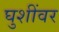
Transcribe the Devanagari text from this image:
घुशींवर